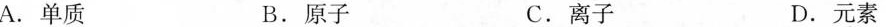
A.单质 B.原子 C.离子 D.元素